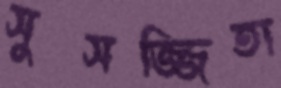
সুসজ্জিতা